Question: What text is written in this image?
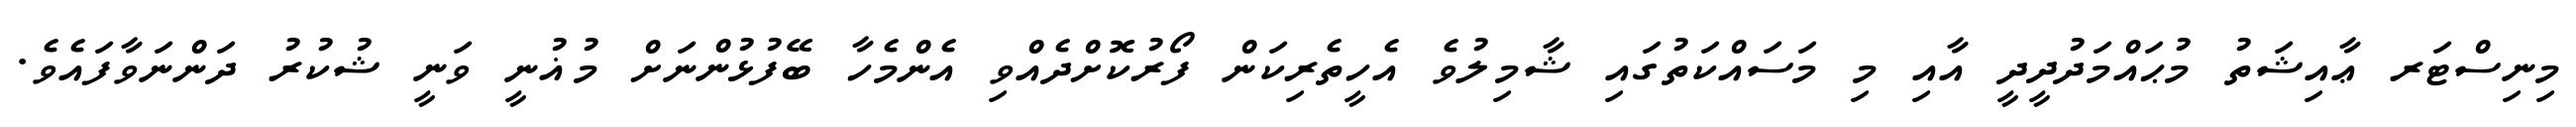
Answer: މިނިސްޓަރ ޢާއިޝަތު މުޙައްމަދުދީދީ އާއި މި މަސައްކަތުގައި ޝާމިލުވެ އެހީތެރިކަން ފޯރުކޮށްދެއްވި އެންމެހާ ބޭފުޅުންނަށް މުޣުނީ ވަނީ ޝުކުރު ދަންނަވާފައެވެ.